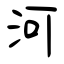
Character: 河